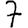
Digit: 7